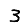
Digit: 3